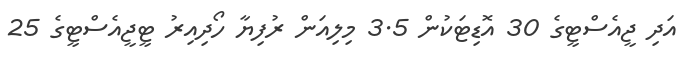
އަދި ޖީއެސްޓީގެ 30 އޮޑިޓަކުން 3.5 މިލިއަން ރުފިޔާ ހޯދިއިރު ޓީޖީއެސްޓީގެ 25